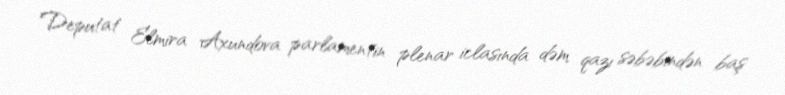
Deputat Elmira Axundova parlamentin plenar iclasında dəm qazı səbəbindən baş